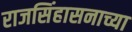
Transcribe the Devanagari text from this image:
राजसिंहासनाच्या